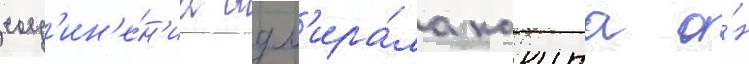
соед'ин'е́н'иа адм'ира́ла какута о́н